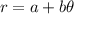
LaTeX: r = a + b \theta